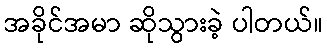
အခိုင်အမာ ဆိုသွားခဲ့ ပါတယ်။